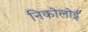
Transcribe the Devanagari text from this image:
निकोलोई